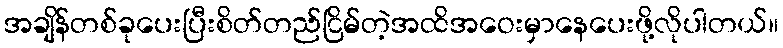
အချိန်တစ်ခုပေးပြီးစိတ်တည်ငြိမ်တဲ့အထိအဝေးမှာနေပေးဖို့လိုပါတယ်။